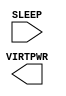
/**
 * Copyright 2020 The SkyWater PDK Authors
 *
 * Licensed under the Apache License, Version 2.0 (the "License");
 * you may not use this file except in compliance with the License.
 * You may obtain a copy of the License at
 *
 *     https://www.apache.org/licenses/LICENSE-2.0
 *
 * Unless required by applicable law or agreed to in writing, software
 * distributed under the License is distributed on an "AS IS" BASIS,
 * WITHOUT WARRANTIES OR CONDITIONS OF ANY KIND, either express or implied.
 * See the License for the specific language governing permissions and
 * limitations under the License.
 *
 * SPDX-License-Identifier: Apache-2.0
 */

`ifndef SKY130_FD_SC_LP__SLEEP_SERGATE_PLV_SYMBOL_V
`define SKY130_FD_SC_LP__SLEEP_SERGATE_PLV_SYMBOL_V

/**
 * sleep_sergate_plv: connect vpr to virtpwr when not in sleep mode.
 *
 * Verilog stub (without power pins) for graphical symbol definition
 * generation.
 *
 * WARNING: This file is autogenerated, do not modify directly!
 */

`timescale 1ns / 1ps
`default_nettype none

(* blackbox *)
module sky130_fd_sc_lp__sleep_sergate_plv (
    //# {{power|Power}}
    input  SLEEP  ,
    output VIRTPWR
);

    // Voltage supply signals
    supply1 VPWR;
    supply1 VPB ;
    supply0 VNB ;

endmodule

`default_nettype wire
`endif  // SKY130_FD_SC_LP__SLEEP_SERGATE_PLV_SYMBOL_V